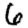
Digit: 6